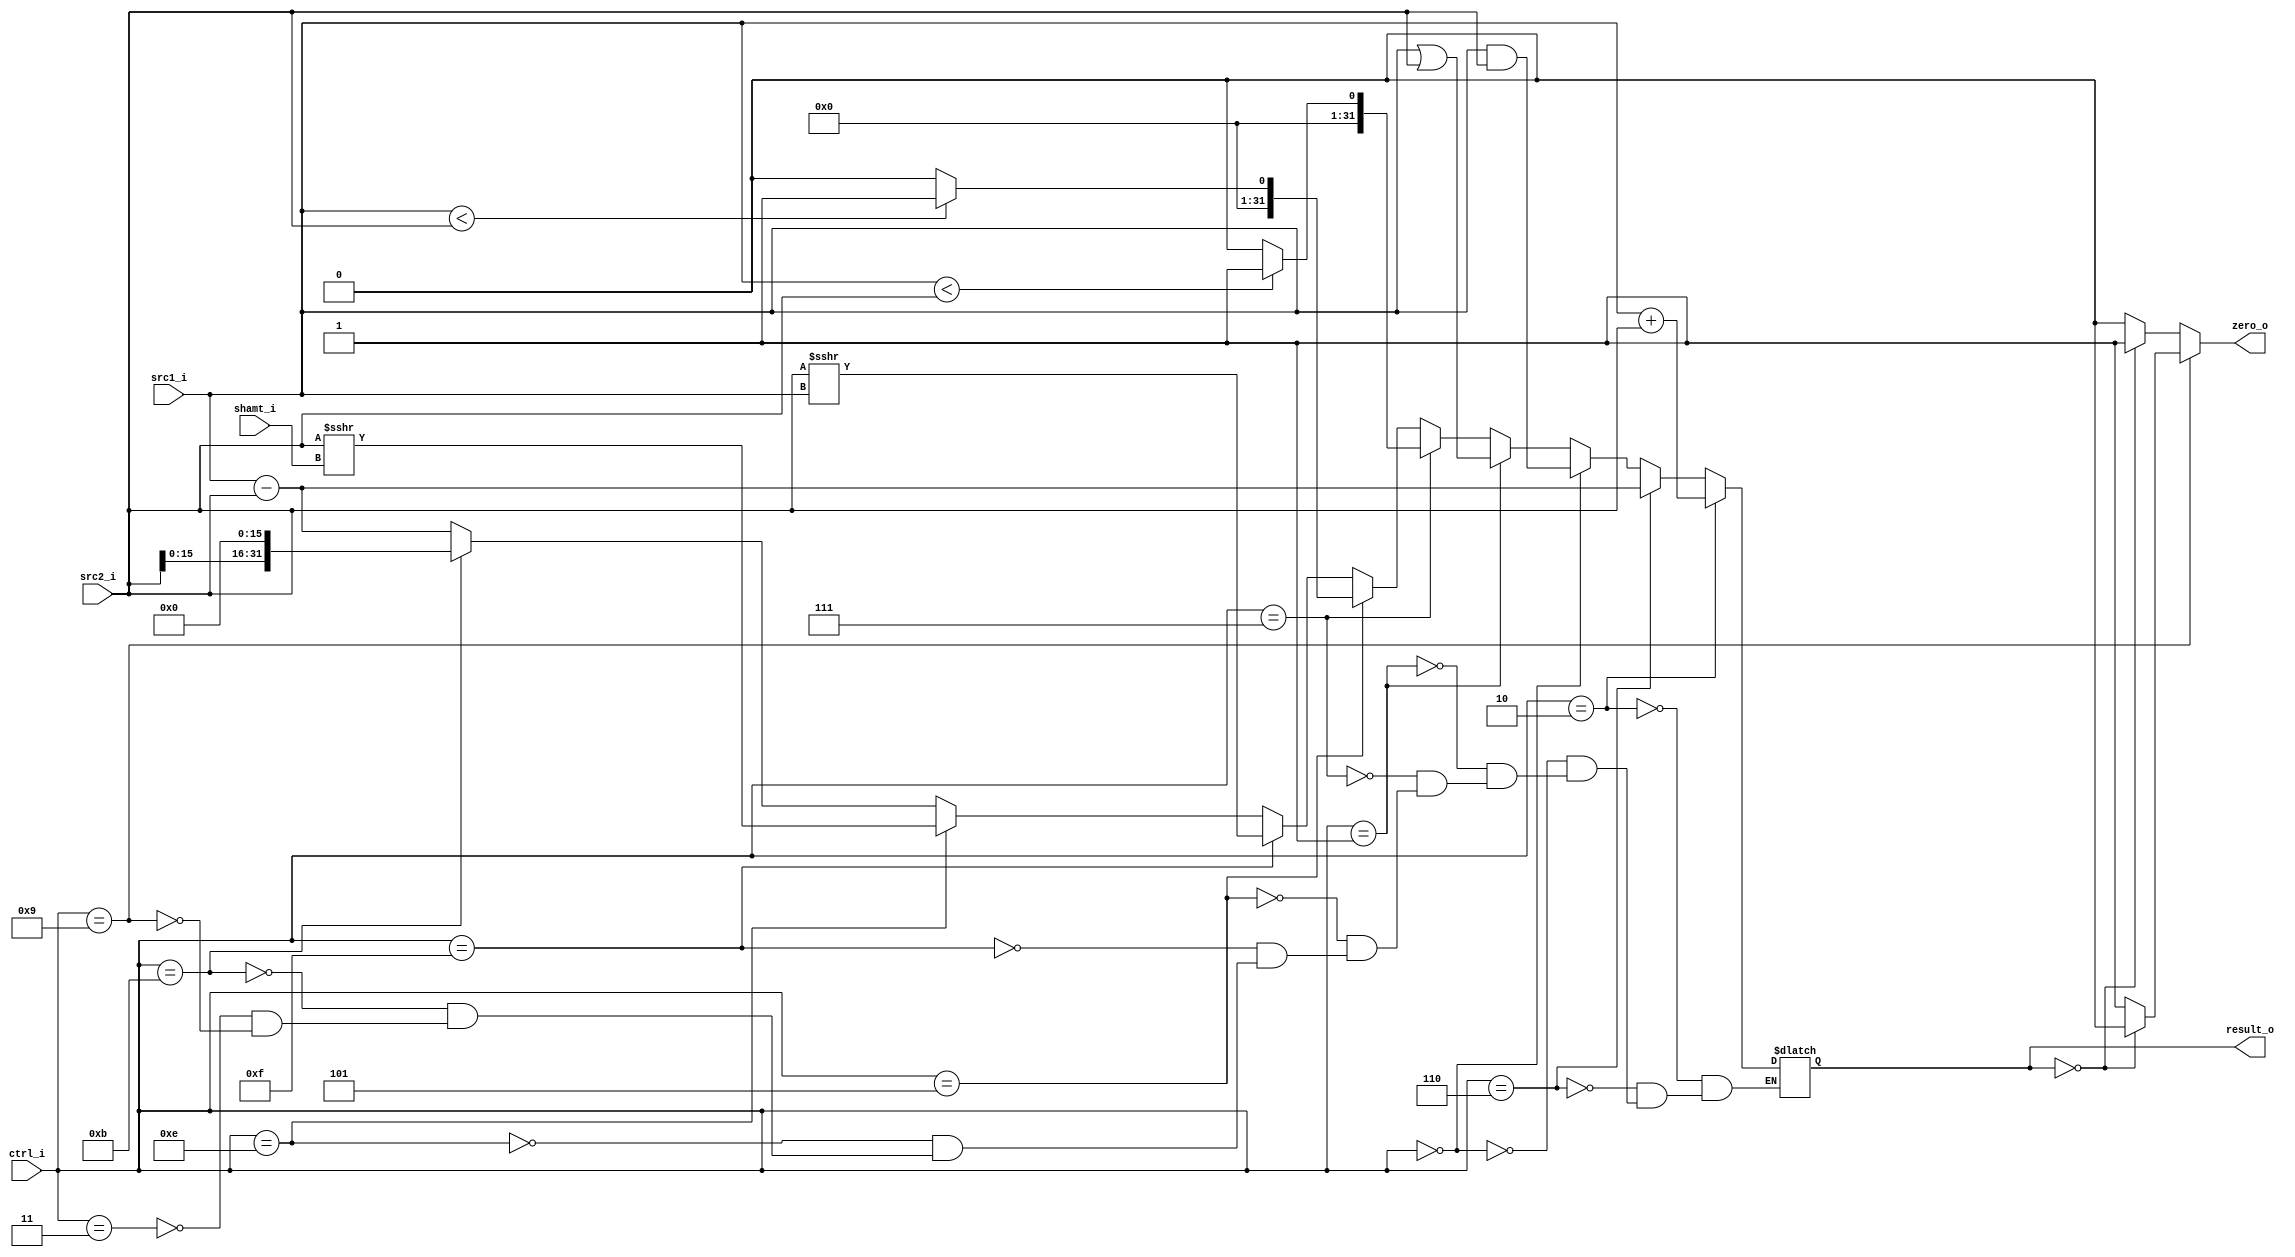

module ALU(
    src1_i,
    src2_i,
    ctrl_i,
    result_o,
    zero_o,
	shamt_i
    );

//I/O ports
input  [32-1:0]  src1_i;
input  [32-1:0]	 src2_i;
input  [4-1:0]   ctrl_i;
input  [5-1:0]   shamt_i;
output [32-1:0]	 result_o;
output           zero_o;

//Internal signals
reg    [32-1:0]  result_o;
reg zero_o;

wire signed [32-1:0] tmp_src1;
wire signed [32-1:0] tmp_src2;
wire signed [5-1:0] tmp_shamt;

assign tmp_src1 = src1_i;
assign tmp_src2 = src2_i;
assign tmp_shamt = shamt_i;

always @(*)begin
	if(ctrl_i==4'b0010)begin //ADD
		result_o <= (src1_i + src2_i);
	end
	else if(ctrl_i==4'b0110)begin //SUB
		result_o <= (src1_i - src2_i);
	end
	else if(ctrl_i==4'b0000)begin //AND
		result_o <= (src1_i & src2_i);
	end
	else if(ctrl_i==4'b0001)begin //OR
		result_o <= (src1_i | src2_i);	
		//result_o <= src2_i;		
	end
	else if(ctrl_i==4'b0111)begin //SLT
		result_o <= (tmp_src1 < tmp_src2)?1'b1:1'b0;
		//result_o <= (src1_i < src2_i)
	end
	else if(ctrl_i==4'b0101)begin //SLTiu
		result_o <= (src1_i < src2_i)?1'b1:1'b0;
	end
	else if(ctrl_i==4'b1111)begin //SRAV
		result_o <= (tmp_src2 >>> tmp_src1);  // >>> for "signed" -> wire should be signed = =
		//result_o <= tmp_src2; // >>> tmp_src2);
		//SRAV rd, rt, rs
	end
	else if(ctrl_i==4'b1110)begin //SRA
		result_o <= (tmp_src2 >>> tmp_shamt); // >>> for "signed"
	end
	else if(ctrl_i==4'b1011)begin //lui
		result_o <= src2_i<<16;	
	end
	else if(ctrl_i==4'b0011)begin //beq
		result_o <= (src1_i - src2_i);	
	end
	else if(ctrl_i==4'b1001)begin //bne
		result_o <= (src1_i - src2_i);	
	end
	

	if(ctrl_i==4'b1001)begin // bne:if not equal->result!=0->but zero should=0
		zero_o <= (result_o==0)?1'b0:1'b1;
	end
	else begin
		zero_o <= (result_o==0)?1'b1:1'b0;
	end
end

endmodule